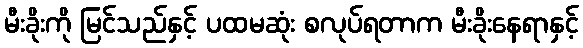
မီးခိုးကို မြင်သည်နှင့် ပထမဆုံး စလုပ်ရတာက မီးခိုးနေရာနှင့်